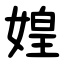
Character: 媓